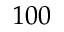
1 0 0